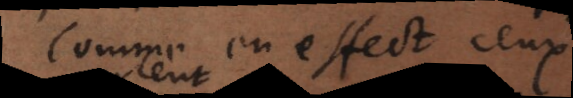
Comme en effect ceux